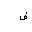
Letter: _fa